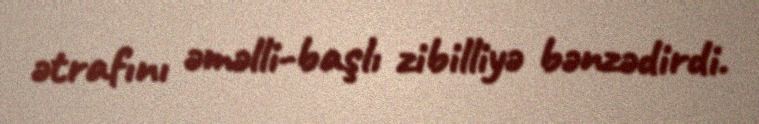
ətrafını əməlli-başlı zibilliyə bənzədirdi.